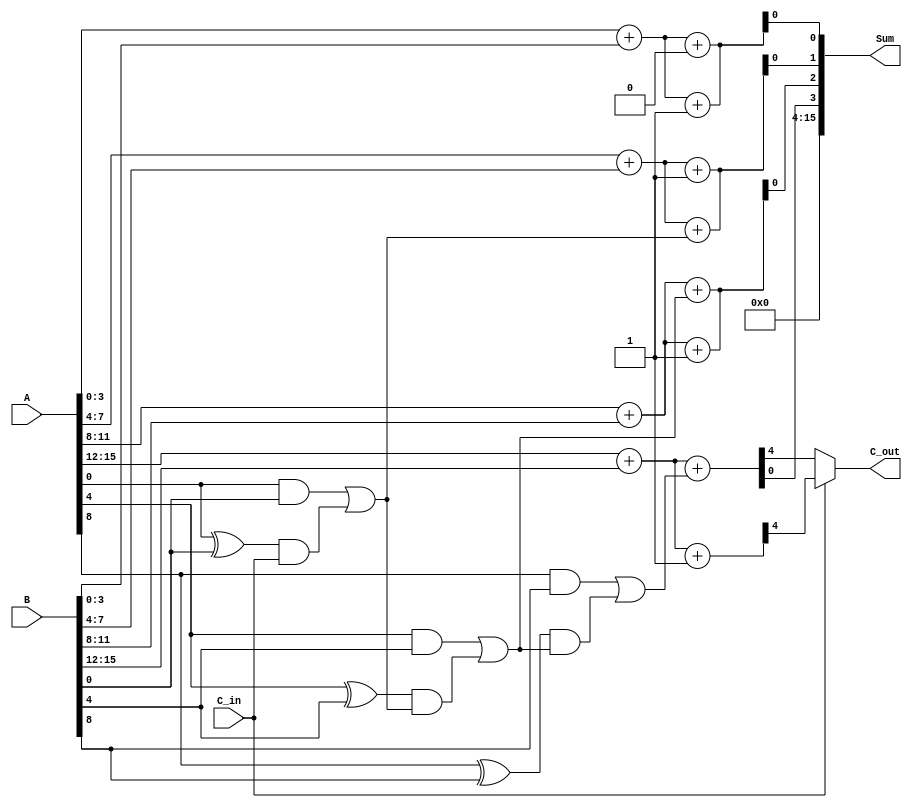
module CarrySelectAdder(
    input [15:0] A,
    input [15:0] B,
    input C_in,
    output [15:0] Sum,
    output C_out
);

    // Intermediate signals for Partial Sums and Carries
    wire [3:0] S0, S1, S2, S3; // Sums for C_in=0
    wire [3:0] S0_carry, S1_carry, S2_carry, S3_carry; // Corresponding carries for C_in=0
    wire [3:0] G, P; // Generate and propagate signals for Carry Lookahead

    // First 4-bit segment (A[3:0] + B[3:0])
    assign {S0_carry[0], S0} = A[3:0] + B[3:0] + 0;
    assign {S0_carry[1], S0} = A[3:0] + B[3:0] + 1;
    assign G[0] = A[3:0] & B[3:0];
    assign P[0] = A[3:0] ^ B[3:0];

    // Second 4-bit segment (A[7:4] + B[7:4])
    wire C_1; // carry from first segment
    assign C_1 = G[0] | (P[0] & C_in);
    assign {S1_carry[0], S1} = A[7:4] + B[7:4] + C_1;
    assign {S1_carry[1], S1} = A[7:4] + B[7:4] + 1;
    assign G[1] = A[7:4] & B[7:4];
    assign P[1] = A[7:4] ^ B[7:4];

    // Third 4-bit segment (A[11:8] + B[11:8])
    wire C_2; // carry from second segment
    assign C_2 = G[1] | (P[1] & C_1);
    assign {S2_carry[0], S2} = A[11:8] + B[11:8] + C_2;
    assign {S2_carry[1], S2} = A[11:8] + B[11:8] + 1;
    assign G[2] = A[11:8] & B[11:8];
    assign P[2] = A[11:8] ^ B[11:8];

    // Fourth 4-bit segment (A[15:12] + B[15:12])
    wire C_3; // carry from third segment
    assign C_3 = G[2] | (P[2] & C_2);
    assign {S3_carry[0], S3} = A[15:12] + B[15:12] + C_3;
    assign {S3_carry[1], S3} = A[15:12] + B[15:12] + 1;
    assign G[3] = A[15:12] & B[15:12];
    assign P[3] = A[15:12] ^ B[15:12];

    // Final Selection for Sum and Carry Output
    assign Sum = { S3[0], S2[0], S1[0], S0[0] };
    assign C_out = (C_in) ? S3_carry[1] : S3_carry[0];

endmodule